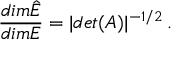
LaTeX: \frac { d i m \hat { E } } { d i m E } = | d e t ( A ) | ^ { - 1 / 2 } \, .